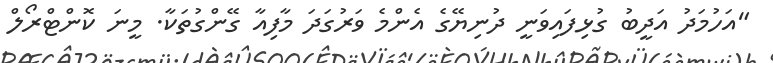
"އަހުމަދު އަދީބު ގުޅިފައިވަނީ ދުނިޔޭގެ އެންމެ ވަރުގަދަ މާފިއާ ގޭންގުތަކާ. މީނަ ކޮންޓްރޯލް